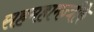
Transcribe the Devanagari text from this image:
सहमहामन्त्रीके